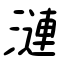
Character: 漣